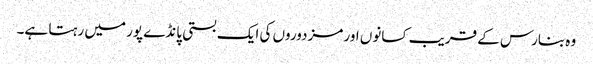
وہ بنارس کے قریب کسانوں اور مزدوروں کی ایک بستی پانڈے پور میں رہتا ہے۔